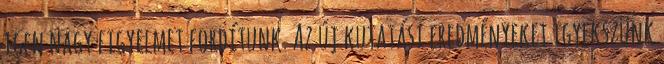
igen nagy figyelmet fordítunk. Az új kutatási eredményeket igyekszünk